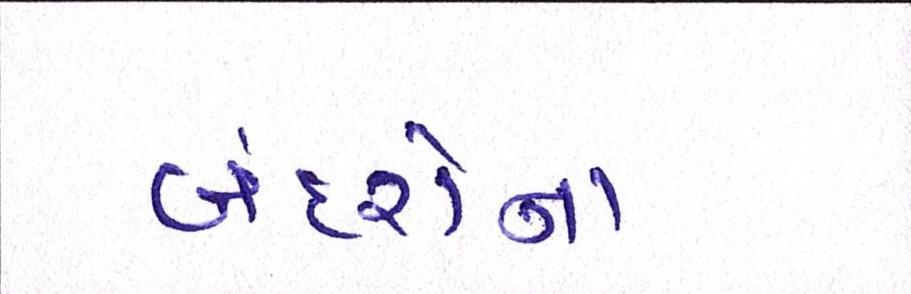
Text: બંદરોના